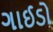
ગાઈડો